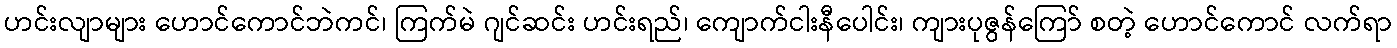
ဟင်းလျာများ ဟောင်ကောင်ဘဲကင်၊ ကြက်မဲ ဂျင်ဆင်း ဟင်းရည်၊ ကျောက်ငါးနီပေါင်း၊ ကျားပုဇွန်ကြော် စတဲ့ ဟောင်ကောင် လက်ရာ